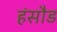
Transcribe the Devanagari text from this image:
हंसौड